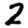
Digit: 2